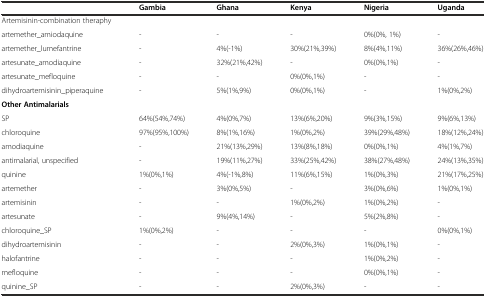
|  | Gambia | Ghana | Kenya | Nigeria | Uganda |
 | --- | --- | --- | --- | --- | --- |
 | Artemisinin-combination theraphy |  |  |  |  |  |
 | artemether_amiodaquine | - | - | - | 0%(0%, 1%) | - |
 | artemether_lumefantrine | - | 4%(-1%) | 30%(21%,39%) | 8%(4%,11%) | 36%(26%,46%) |
 | artesunate_amodiaquine | - | 32%(21%,42%) | - | 0%(0%,1%) | - |
 | artesunate_mefloquine | - | - | 0%(0%,1%) | - | - |
 | dihydroartemisinin_piperaquine | - | 5%(1%,9%) | 0%(0%,1%) | - | 1%(0%,2%) |
 | Other Antimalarials |  |  |  |  |  |
 | SP | 64%(54%,74%) | 4%(0%,7%) | 13%(6%,20%) | 9%(3%,15%) | 9%(6%,13%) |
 | chloroquine | 97%(95%,100%) | 8%(1%,16%) | 1%(0%,2%) | 39%(29%,48%) | 18%(12%,24%) |
 | amodiaquine | - | 21%(13%,29%) | 13%(8%,18%) | 0%(0%,1%) | 4%(1%,7%) |
 | antimalarial, unspecified | - | 19%(11%,27%) | 33%(25%,42%) | 38%(27%,48%) | 24%(13%,35%) |
 | quinine | 1%(0%,1%) | 4%(-1%,8%) | 11%(6%,15%) | 1%(0%,3%) | 21%(17%,25%) |
 | artemether | - | 3%(0%,5%) | - | 3%(0%,6%) | 1%(0%,1%) |
 | artemisinin | - | - | 1%(0%,2%) | 1%(0%,2%) | - |
 | artesunate | - | 9%(4%,14%) | - | 5%(2%,8%) | - |
 | chloroquine_SP | 1%(0%,2%) | - | - | - | 0%(0%,1%) |
 | dihydroartemisinin | - | - | 2%(0%,3%) | 1%(0%,1%) | - |
 | halofantrine | - | - | - | 1%(0%,2%) | - |
 | mefloquine | - | - | - | 0%(0%,1%) | - |
 | quinine_SP | - | - | 2%(0%,3%) | - | - |